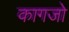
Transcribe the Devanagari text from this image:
कागजो